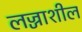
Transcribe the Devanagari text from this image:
लज्जाशील